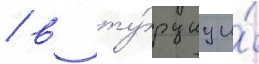
/ в ту́рциу и́